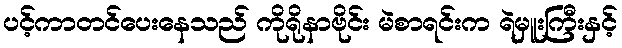
ပင့်ကာတင်ပေးနေသည် ကိုရိုနာဗိုင်း မဲစာရင်းက ရဲမှူးကြီးနှင့်